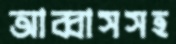
আব্বাসসহ